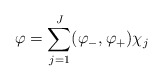
\begin{align*} \varphi=\sum_{j=1}^J (\varphi_-, \varphi_+)\chi_j\end{align*}